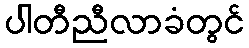
ပါတီညီလာခံတွင်